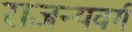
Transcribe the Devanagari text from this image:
राजन्यवर्ग